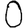
Digit: 0